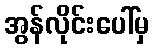
အွန်လိုင်းပေါ်မှ